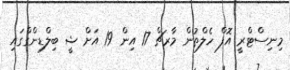
މިނިސްޓްރީ އޮފް ހެލްތުން މާރޗް 17 އިން 19 އަށް ޝީ ބިލްޑިންގްގައި